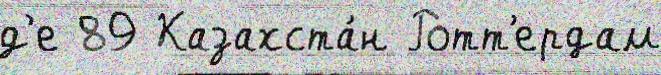
д'е 89 Казахста́н Ротт'ердам